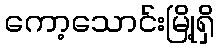
ကော့သောင်းမြို့ရှိ